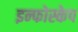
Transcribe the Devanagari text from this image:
इन्फोस्केप